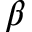
\beta